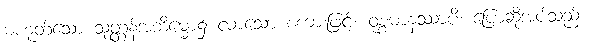
မဟုတ်သော သုတ္တန်အဘိမ္မော၌ လာသော စကားဖြင့်။ ဝုစ္စမာနဿာပိ၊ ပြောဆိုအပ်သည်